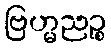
ဗြဟ္မညဉ္စ